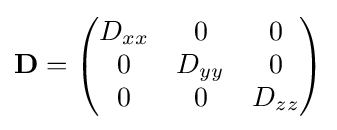
\mathbf {D} ={\begin{pmatrix}D_{xx}&0&0\\0&D_{yy}&0\\0&0&D_{zz}\end{pmatrix}}